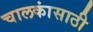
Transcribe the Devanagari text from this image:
चालकांसाठी